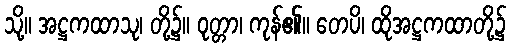
သို့။ အဋ္ဌကထာသု၊ တို့၌။ ဝုတ္တာ၊ ကုန်၏။ တေပိ၊ ထိုအဋ္ဌကထာတို့၌